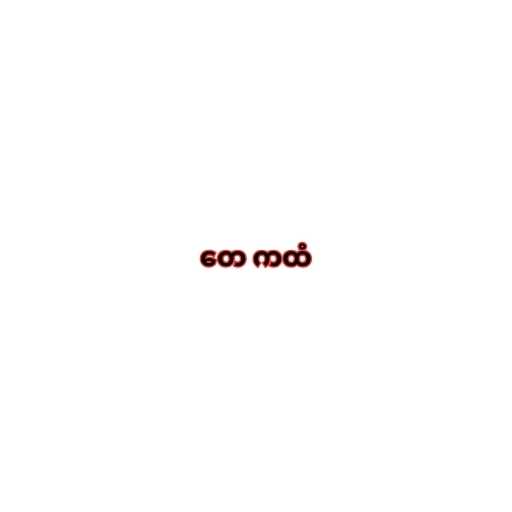
တေ ကထံ